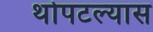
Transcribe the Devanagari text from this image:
थोपटल्यास